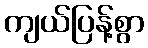
ကျယ်ပြန့်စွာ